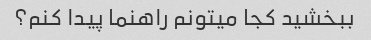
ببخشید کجا میتونم راهنما پیدا کنم؟